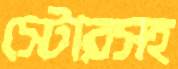
স্টোরসহ